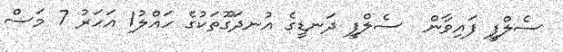
ސެލްފީ ފައިވާން  ސެލްފީ ދަނޑީގެ އުނދަގޫތަކުގެ ހައްލު1 އަހަރު 7 މަސް